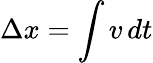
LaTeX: \Delta x=\int v\, dt